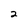
Character: 2